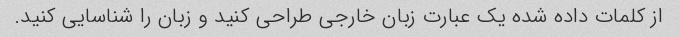
از کلمات داده شده یک عبارت زبان خارجی طراحی کنید و زبان را شناسایی کنید.